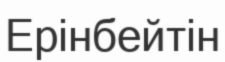
Ерінбейтін